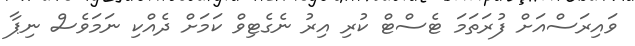
ވައިރަސްއަށް ފުރަތަމަ ޓެސްޓް ކުރި އިރު ނެގެޓިވް ކަމަށް ދެއްކި ނަމަވެސް ނިޕާ